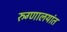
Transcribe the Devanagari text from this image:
रुग्णालयांत